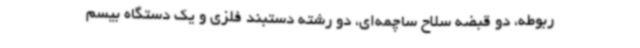
ربوطه، دو قبضه سلاح ساچمه‌ای، دو رشته دستبند فلزی و یک دستگاه بیسم